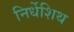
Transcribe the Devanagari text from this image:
निर्धेशिथ